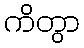
ကိတွာ